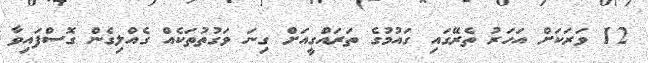
12 ވަރަކަށް އަހަރު ތެރޭގައި ގައުމުގެ ތަރައްގީއަށް ގިނަ ވަގުތުތަކެއް ގެއްލިގެން ގޮސްފައިވާ